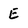
Character: E